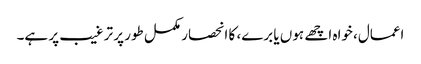
اعمال، خواہ اچھے ہوں یا برے، کا انحصار مکمل طور پر ترغیب پر ہے۔